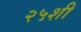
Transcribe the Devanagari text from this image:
२५शी